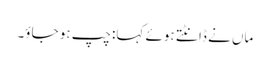
ماں نے ڈانٹتے ہوئے کہا: چپ ہو جاؤ۔